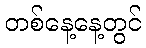
တစ်နေ့နေ့တွင်